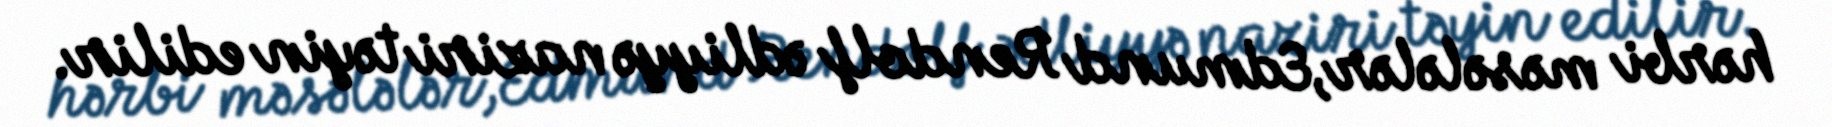
hərbi məsələlər,Edmund Rendolf ədliyyə naziri təyin edilir.